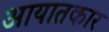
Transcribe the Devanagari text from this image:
आयातकार